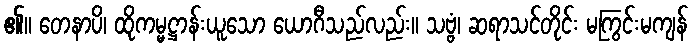
၏။ တေနာပိ၊ ထိုကမ္မဋ္ဌာန်းယူသော ယောဂီသည်လည်း။ သဗ္ဗံ၊ ဆရာသင်တိုင်း မကြွင်းမကျန်